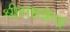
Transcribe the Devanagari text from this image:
श्रीराघवेन्द्र